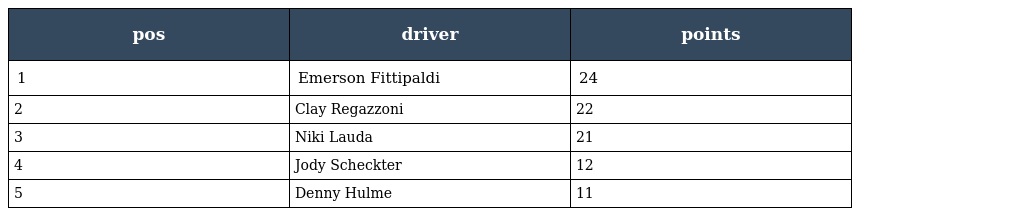
| pos | driver | points |
 | --- | --- | --- |
 | 1 | Emerson Fittipaldi | 24 |
 | 2 | Clay Regazzoni | 22 |
 | 3 | Niki Lauda | 21 |
 | 4 | Jody Scheckter | 12 |
 | 5 | Denny Hulme | 11 |